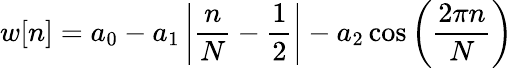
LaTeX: w[n]=a_{0}-a_{1}\left|{\frac{n}{N}}-{\frac{1}{2}}\right|-a_{2}\cos\left({\frac{2\pi n}{N}}\right)